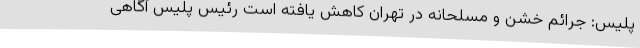
پلیس: جرائم خشن و مسلحانه در تهران کاهش یافته است رئیس پلیس آگاهی